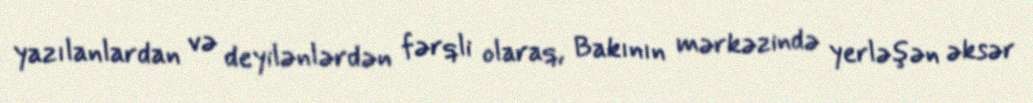
yazılanlardan və deyilənlərdən fərqli olaraq, Bakının mərkəzində yerləşən əksər